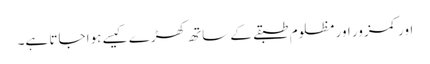
اور کمزور اور مظلوم طبقے کے ساتھ کھڑے کیسے ہوا جاتا ہے۔